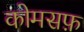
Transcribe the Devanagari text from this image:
कोमसफ़